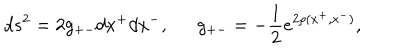
d s ^ { 2 } = 2 g _ { + - } d x ^ { + } d x ^ { - } , g _ { + - } = - \frac { 1 } { 2 } e ^ { 2 \rho ( x ^ { + } , x ^ { - } ) } ,